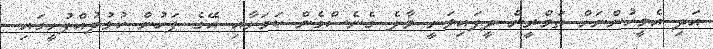
އަދި އެމީހުންނަށް ތަމްރީން ދީފައިވަނީ މާލެ ގެނެސްގެން ކަމަށާއި އޭގެ ފަހުން ކުޅުދުއްފުށީގައި